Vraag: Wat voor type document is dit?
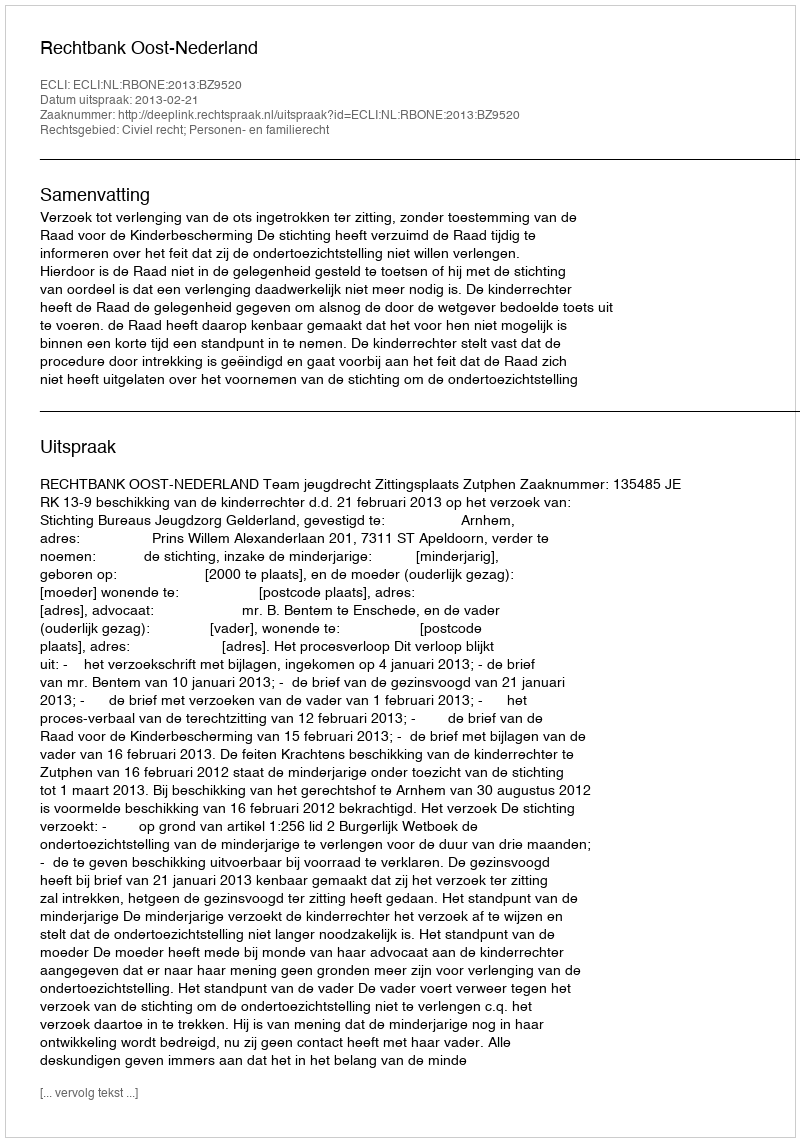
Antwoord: Uitspraak